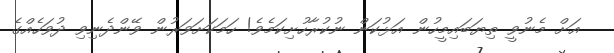
އަށް މެނުވީ ތިޔަބައިމީހުން އަޅުކަން ނުކުރާހުށިކަމެވެ! ހަމަކަށަވަރުން ވޭންދެނިވި ދުވަހެއްގެ